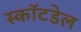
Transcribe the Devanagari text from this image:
स्कॉटडेल